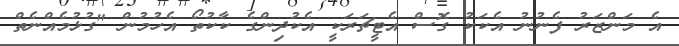
އެ މަންޒަރު ފެނުނު އެކަކު ގޮސް އެޓީޗަރަކީ އެކުދިންގެ ކާކުތޯ އެހުމުން "ގުޅުމެއްނެތް